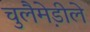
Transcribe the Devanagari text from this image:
चुलैमे़डीले